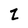
Character: 2